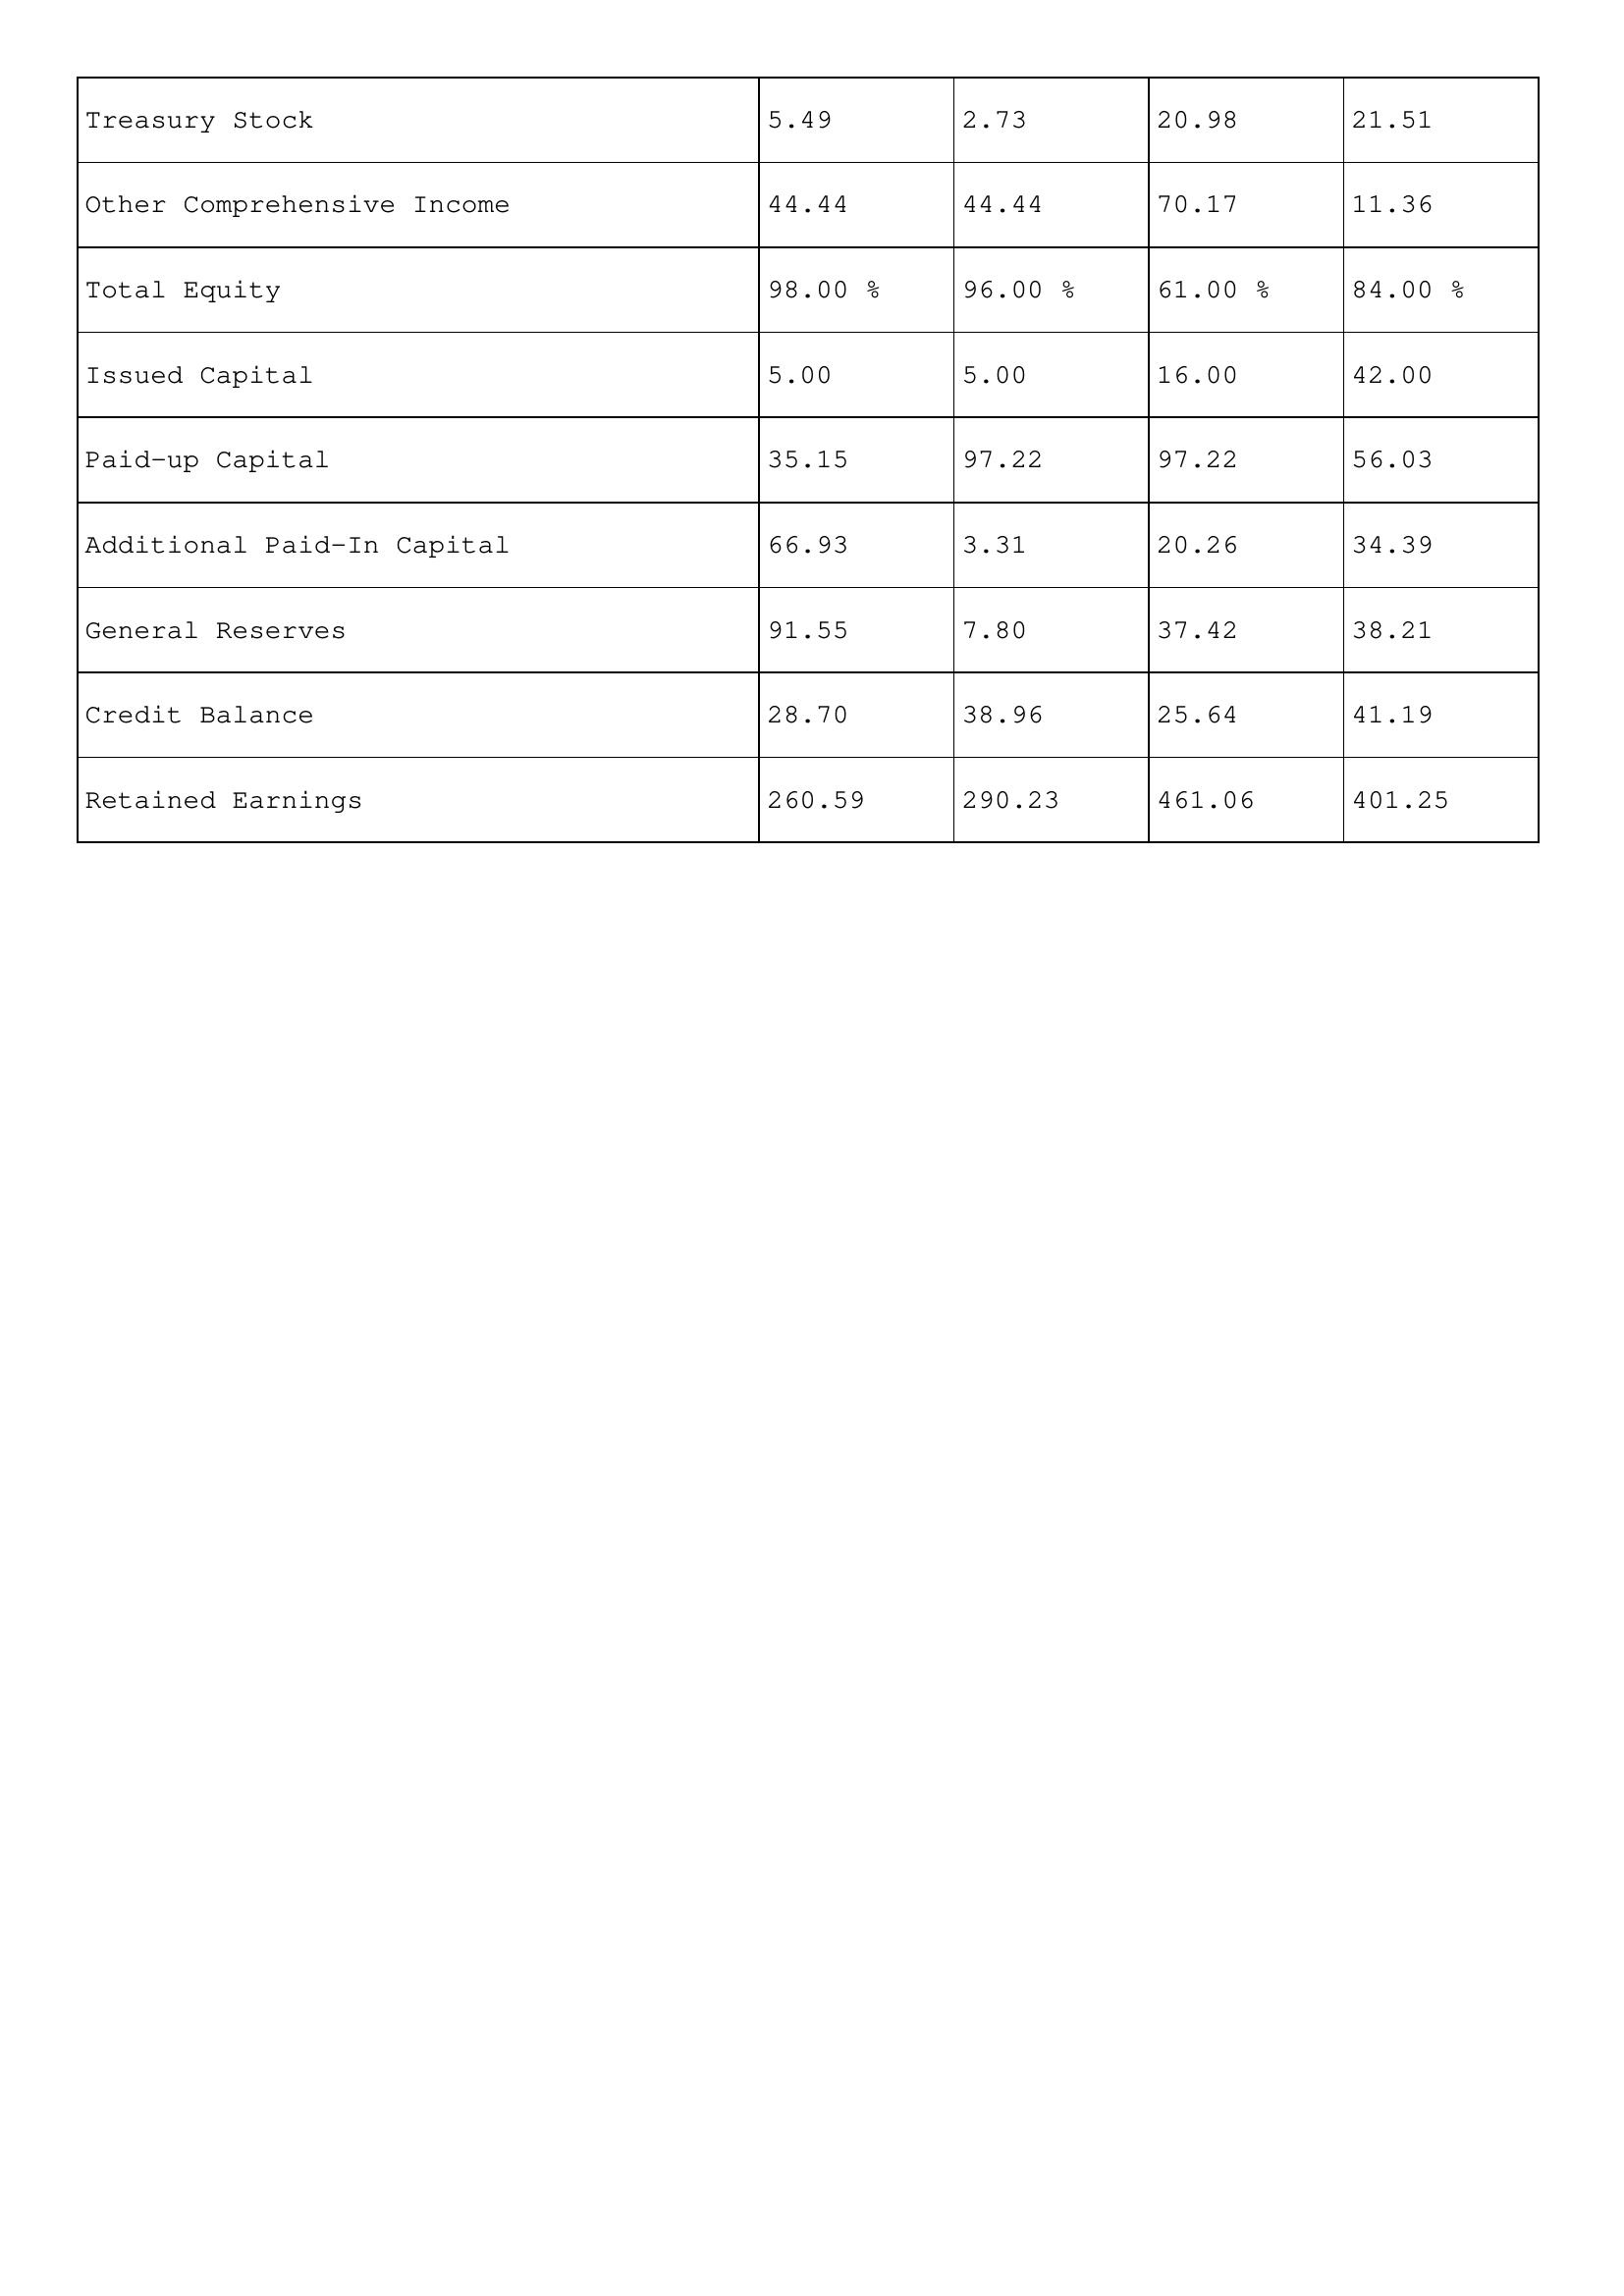
gt_parse: 2013: Treasury Stock: 5.49
Other Comprehensive Income: 44.44
Total Equity: 98.00 %
Issued Capital: 5.00
Paid-up Capital: 35.15
Additional Paid-In Capital: 66.93
General Reserves: 91.55
Credit Balance: 28.70
Retained Earnings: 260.59
2012: Treasury Stock: 2.73
Other Comprehensive Income: 44.44
Total Equity: 96.00 %
Issued Capital: 5.00
Paid-up Capital: 97.22
Additional Paid-In Capital: 3.31
General Reserves: 7.80
Credit Balance: 38.96
Retained Earnings: 290.23
2011: Treasury Stock: 20.98
Other Comprehensive Income: 70.17
Total Equity: 61.00 %
Issued Capital: 16.00
Paid-up Capital: 97.22
Additional Paid-In Capital: 20.26
General Reserves: 37.42
Credit Balance: 25.64
Retained Earnings: 461.06
2010: Treasury Stock: 21.51
Other Comprehensive Income: 11.36
Total Equity: 84.00 %
Issued Capital: 42.00
Paid-up Capital: 56.03
Additional Paid-In Capital: 34.39
General Reserves: 38.21
Credit Balance: 41.19
Retained Earnings: 401.25